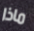
ماذا